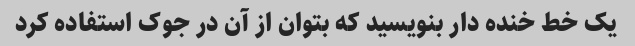
یک خط خنده دار بنویسید که بتوان از آن در جوک استفاده کرد